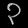
Digit: ၃